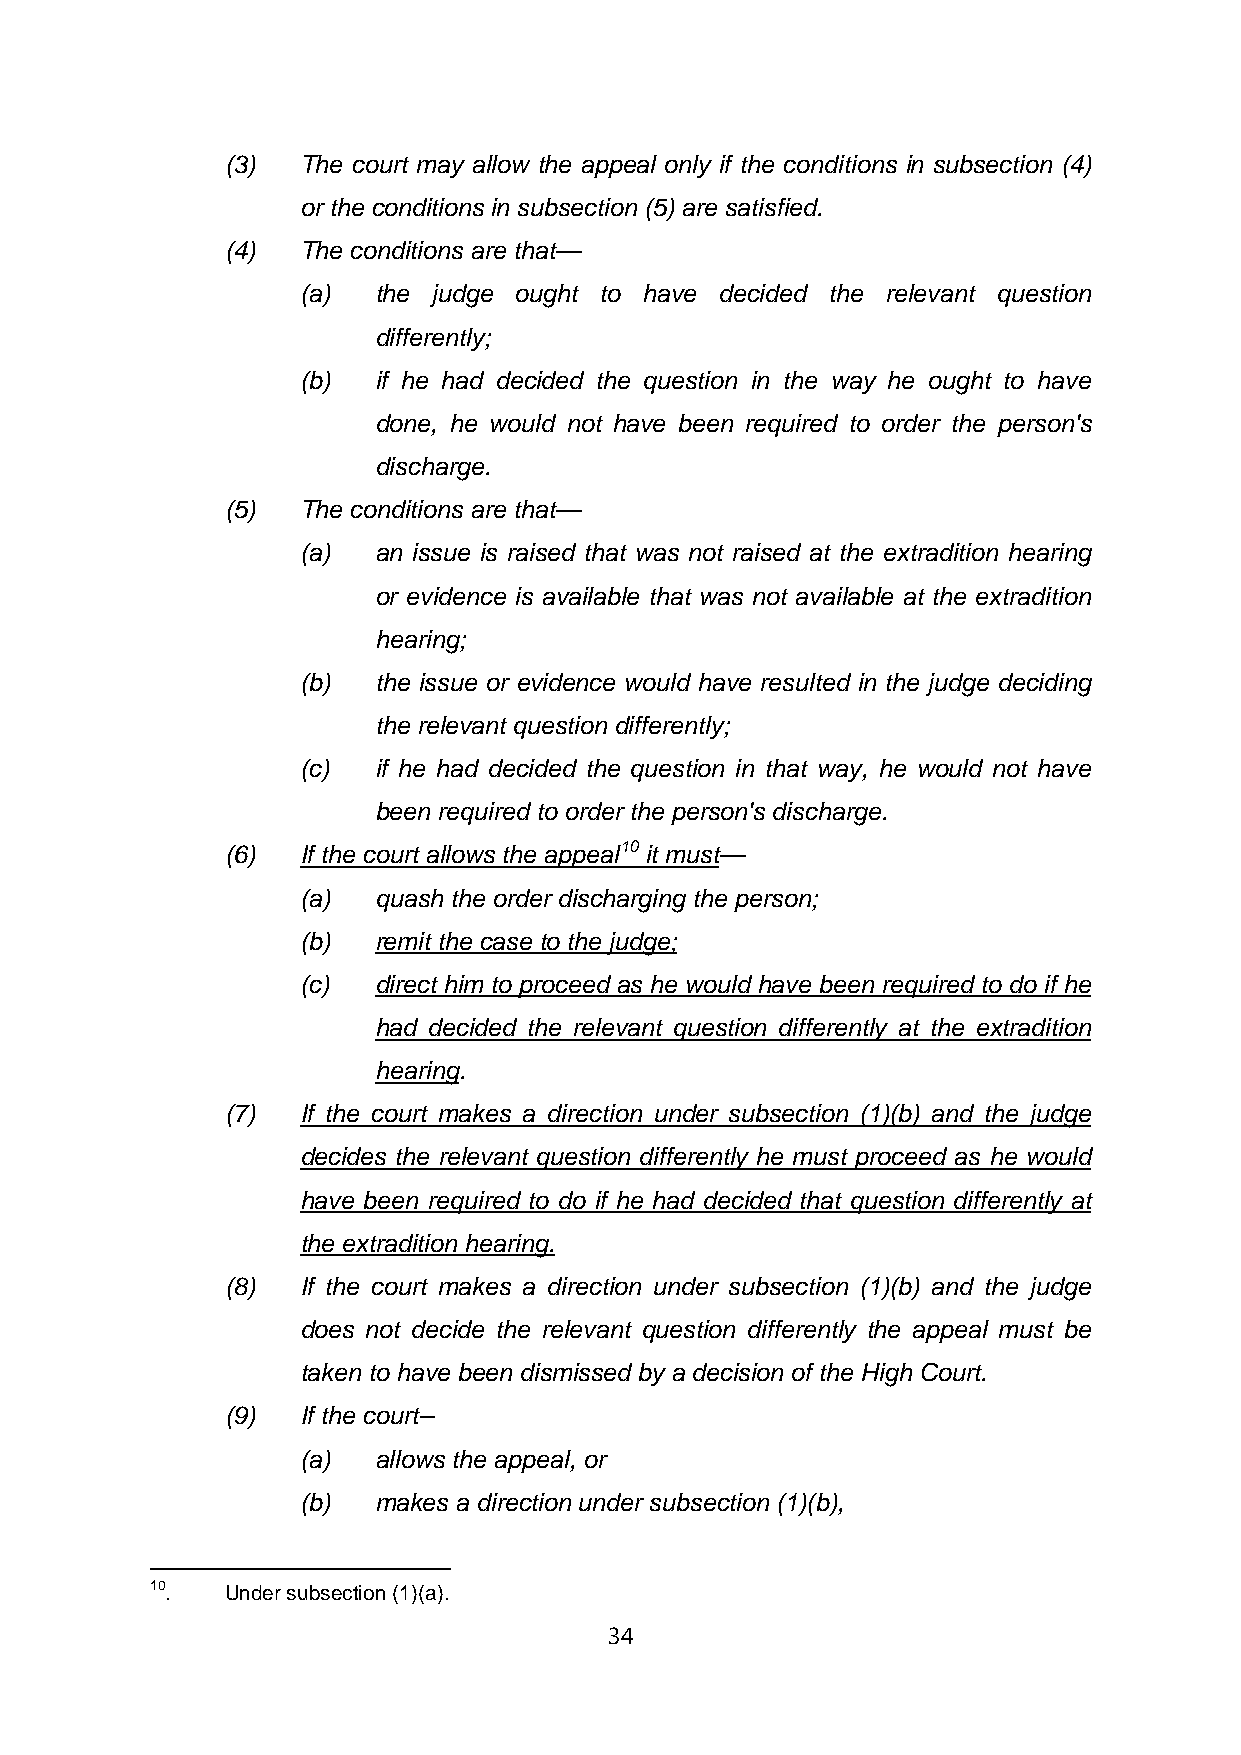
(3)  The court may allow the appeal only if the conditions in subsection (4)
 or the conditions in subsection (5) are satisfied.
 (4)  The conditions are that—
 (a)  the judge ought to have decided the relevant question
 differently;
 (b)  if he had decided the question in the way he ought to have
 done, he would not have been required to order the person's
 discharge.
 (5)  The conditions are that—
 (a)  an issue is raised that was not raised at the extradition hearing
 or evidence is available that was not available at the extradition
 hearing;
 (b)  the issue or evidence would have resulted in the judge deciding
 the relevant question differently;
 (c)  if he had decided the question in that way, he would not have
 been required to order the person's discharge.
 (6)  If the court allows the appeal10 it must—
 (a)  quash the order discharging the person;
 (b)  remit the case to the judge;
 (c)  direct him to proceed as he would have been required to do if he
 had decided the relevant question differently at the extradition
 hearing.
 (7)  If the court makes a direction under subsection (1)(b) and the judge
 decides the relevant question differently he must proceed as he would
 have been required to do if he had decided that question differently at
 the extradition hearing.
 (8)  If the court makes a direction under subsection (1)(b) and the judge
 does not decide the relevant question differently the appeal must be
 taken to have been dismissed by a decision of the High Court.
 (9)  If the court–
 (a)  allows the appeal, or
 (b)  makes a direction under subsection (1)(b),
 10.  Under subsection (1)(a).
 34